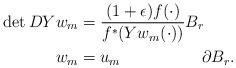
LaTeX: \begin{align*} \det DYw_m &= \frac{(1+\epsilon)f(\cdot)}{f^*(Yw_m(\cdot))} B_r\\ w_m &= u_m \quad\quad\quad\quad\quad\partial B_r. \end{align*}